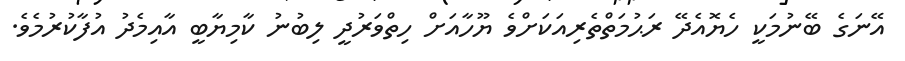
އޭނަގެ ބޭނުމަކީ ހެޔޮއެދޭ ރަޙުމަތްތެރިއަކަށްވެ ޔޫހާއަށް ހިތްވަރުދީ ލިބުނު ކާމިޔާބީ އާއިމެދު އުފާކުރުމެވެ.